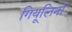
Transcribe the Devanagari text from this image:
गियूलिनो